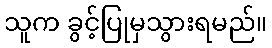
သူက ခွင့်ပြုမှသွားရမည်။